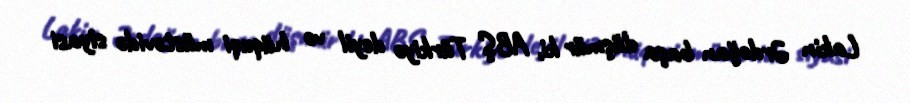
Lakin Ərdoğan başa düşmür ki, ABŞ Türkiyə deyil və hüquqi müstəvidə siyasi